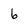
Character: 6